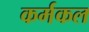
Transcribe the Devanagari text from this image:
कर्मकल